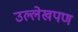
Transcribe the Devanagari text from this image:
उल्लेखपण